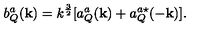
b _ { Q } ^ { a } ( { \bf { k } } ) = k ^ { \frac { 3 } { 2 } } [ a _ { Q } ^ { a } ( { \bf { k } } ) + a _ { Q } ^ { a \star } ( - { \bf { k } } ) ] .